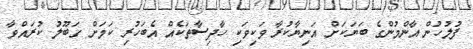
ފުލުހުން އާންމުންގެ ބަޔަކަށް އަނިޔާކުރާ ވަކިވަކި ހާދިސާތަކެއް އެބަހުރި ކަމަށް ގަބޫލު ކުރައްވާ